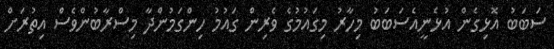
ސަބަބު އޮޅިގެން އުޅެނީއެސަބަބު މިހާރު މިގައުމުގެ ވެރިން ގައުމު ހިންގަމުންދާ މިސްރާބުންވެސް އިތުރަށް